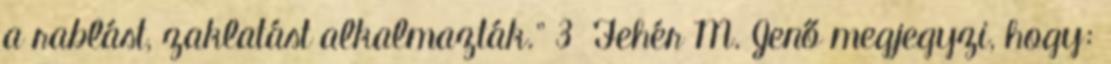
a rablást, zaklatást alkalmazták.” 3 Fehér M. Jenő megjegyzi, hogy: